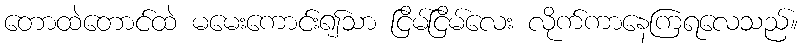
တောထဲတောင်ထဲ မမေးကောင်း၍သာ ငြိမ်ငြိမ်လေး လိုက်ကာနေကြရလေသည်။